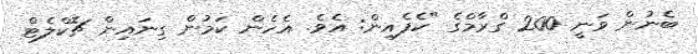
ބެނުން ވަނީ 200 ގްރާމްގެ "ކެފެއިން: އެވެ. އެހެން ކަމުން ގިނައިން ޗޮކްލެޓް